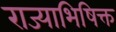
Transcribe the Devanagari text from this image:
राज्याभिषिक्त